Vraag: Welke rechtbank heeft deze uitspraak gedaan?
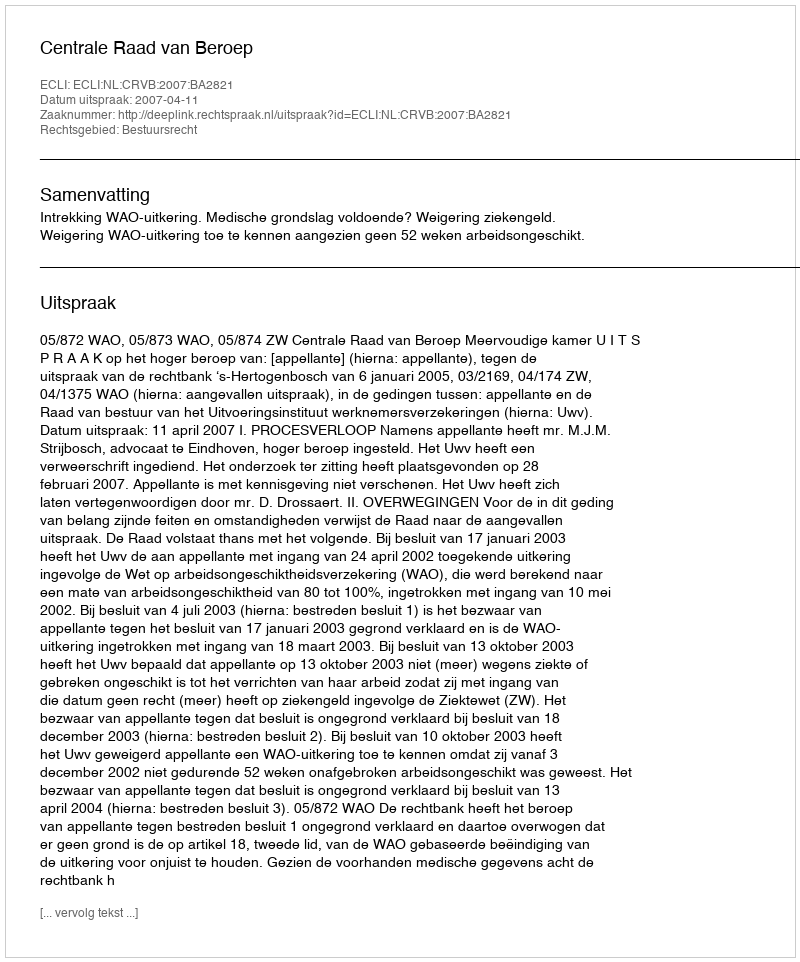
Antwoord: Centrale Raad van Beroep